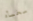
مخبأه